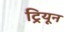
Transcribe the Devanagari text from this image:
ट्रियून